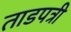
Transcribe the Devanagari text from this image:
ताडपत्री